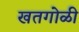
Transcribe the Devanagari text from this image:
खतगोळी